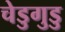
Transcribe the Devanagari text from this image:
चेडुगुडु